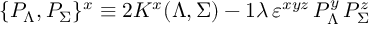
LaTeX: \{ { \cal P } _ { \Lambda } , { \cal P } _ { \Sigma } \} ^ { x } \equiv 2 K ^ { x } ( \Lambda , \Sigma ) - { \o { 1 } { \lambda } } \, \varepsilon ^ { x y z } \, { \cal P } _ { \Lambda } ^ { y } \, { \cal P } _ { \Sigma } ^ { z }